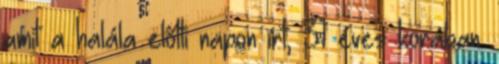
amit a halála előtti napon írt, 31 éves korában.